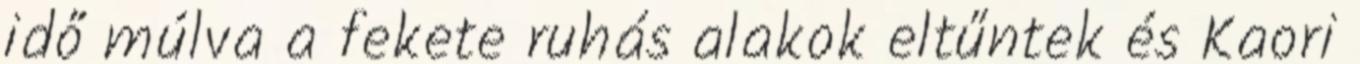
idő múlva a fekete ruhás alakok eltűntek és Kaori